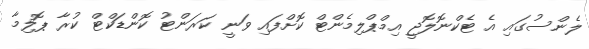
ލެންސުގައި އެ ޓެކްނޮލޮޖީ އިމްޕްލިމެންޓް ކޮށްފައި ވަނީ ކަރަންޓު ކޮންޑަކްޓް ކުރާ ޕޮލިމާ